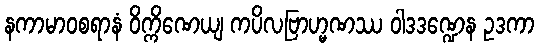
နကာမာဝစရာနံ ဝိက္ကိဏေယျ ကပိလဗြာဟ္မဏဿ ဝါဒဒဏ္ဍေန ဥဒကာ